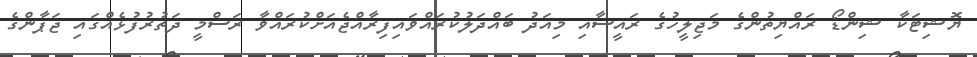
ޔޮޝިޓަކާ ޝިންޑޯ ރައްޔިތުންގެ މަޖިލީހުގެ ރައީސާއި މިއަދު ބައްދަލުކުރައްވައިފިރާއްޖެއަށްކުރައްވާ ރަސްމީ ދަތުރުފުޅެއްގައި ޖަޕާންގެ